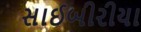
સાઈબીરીયા